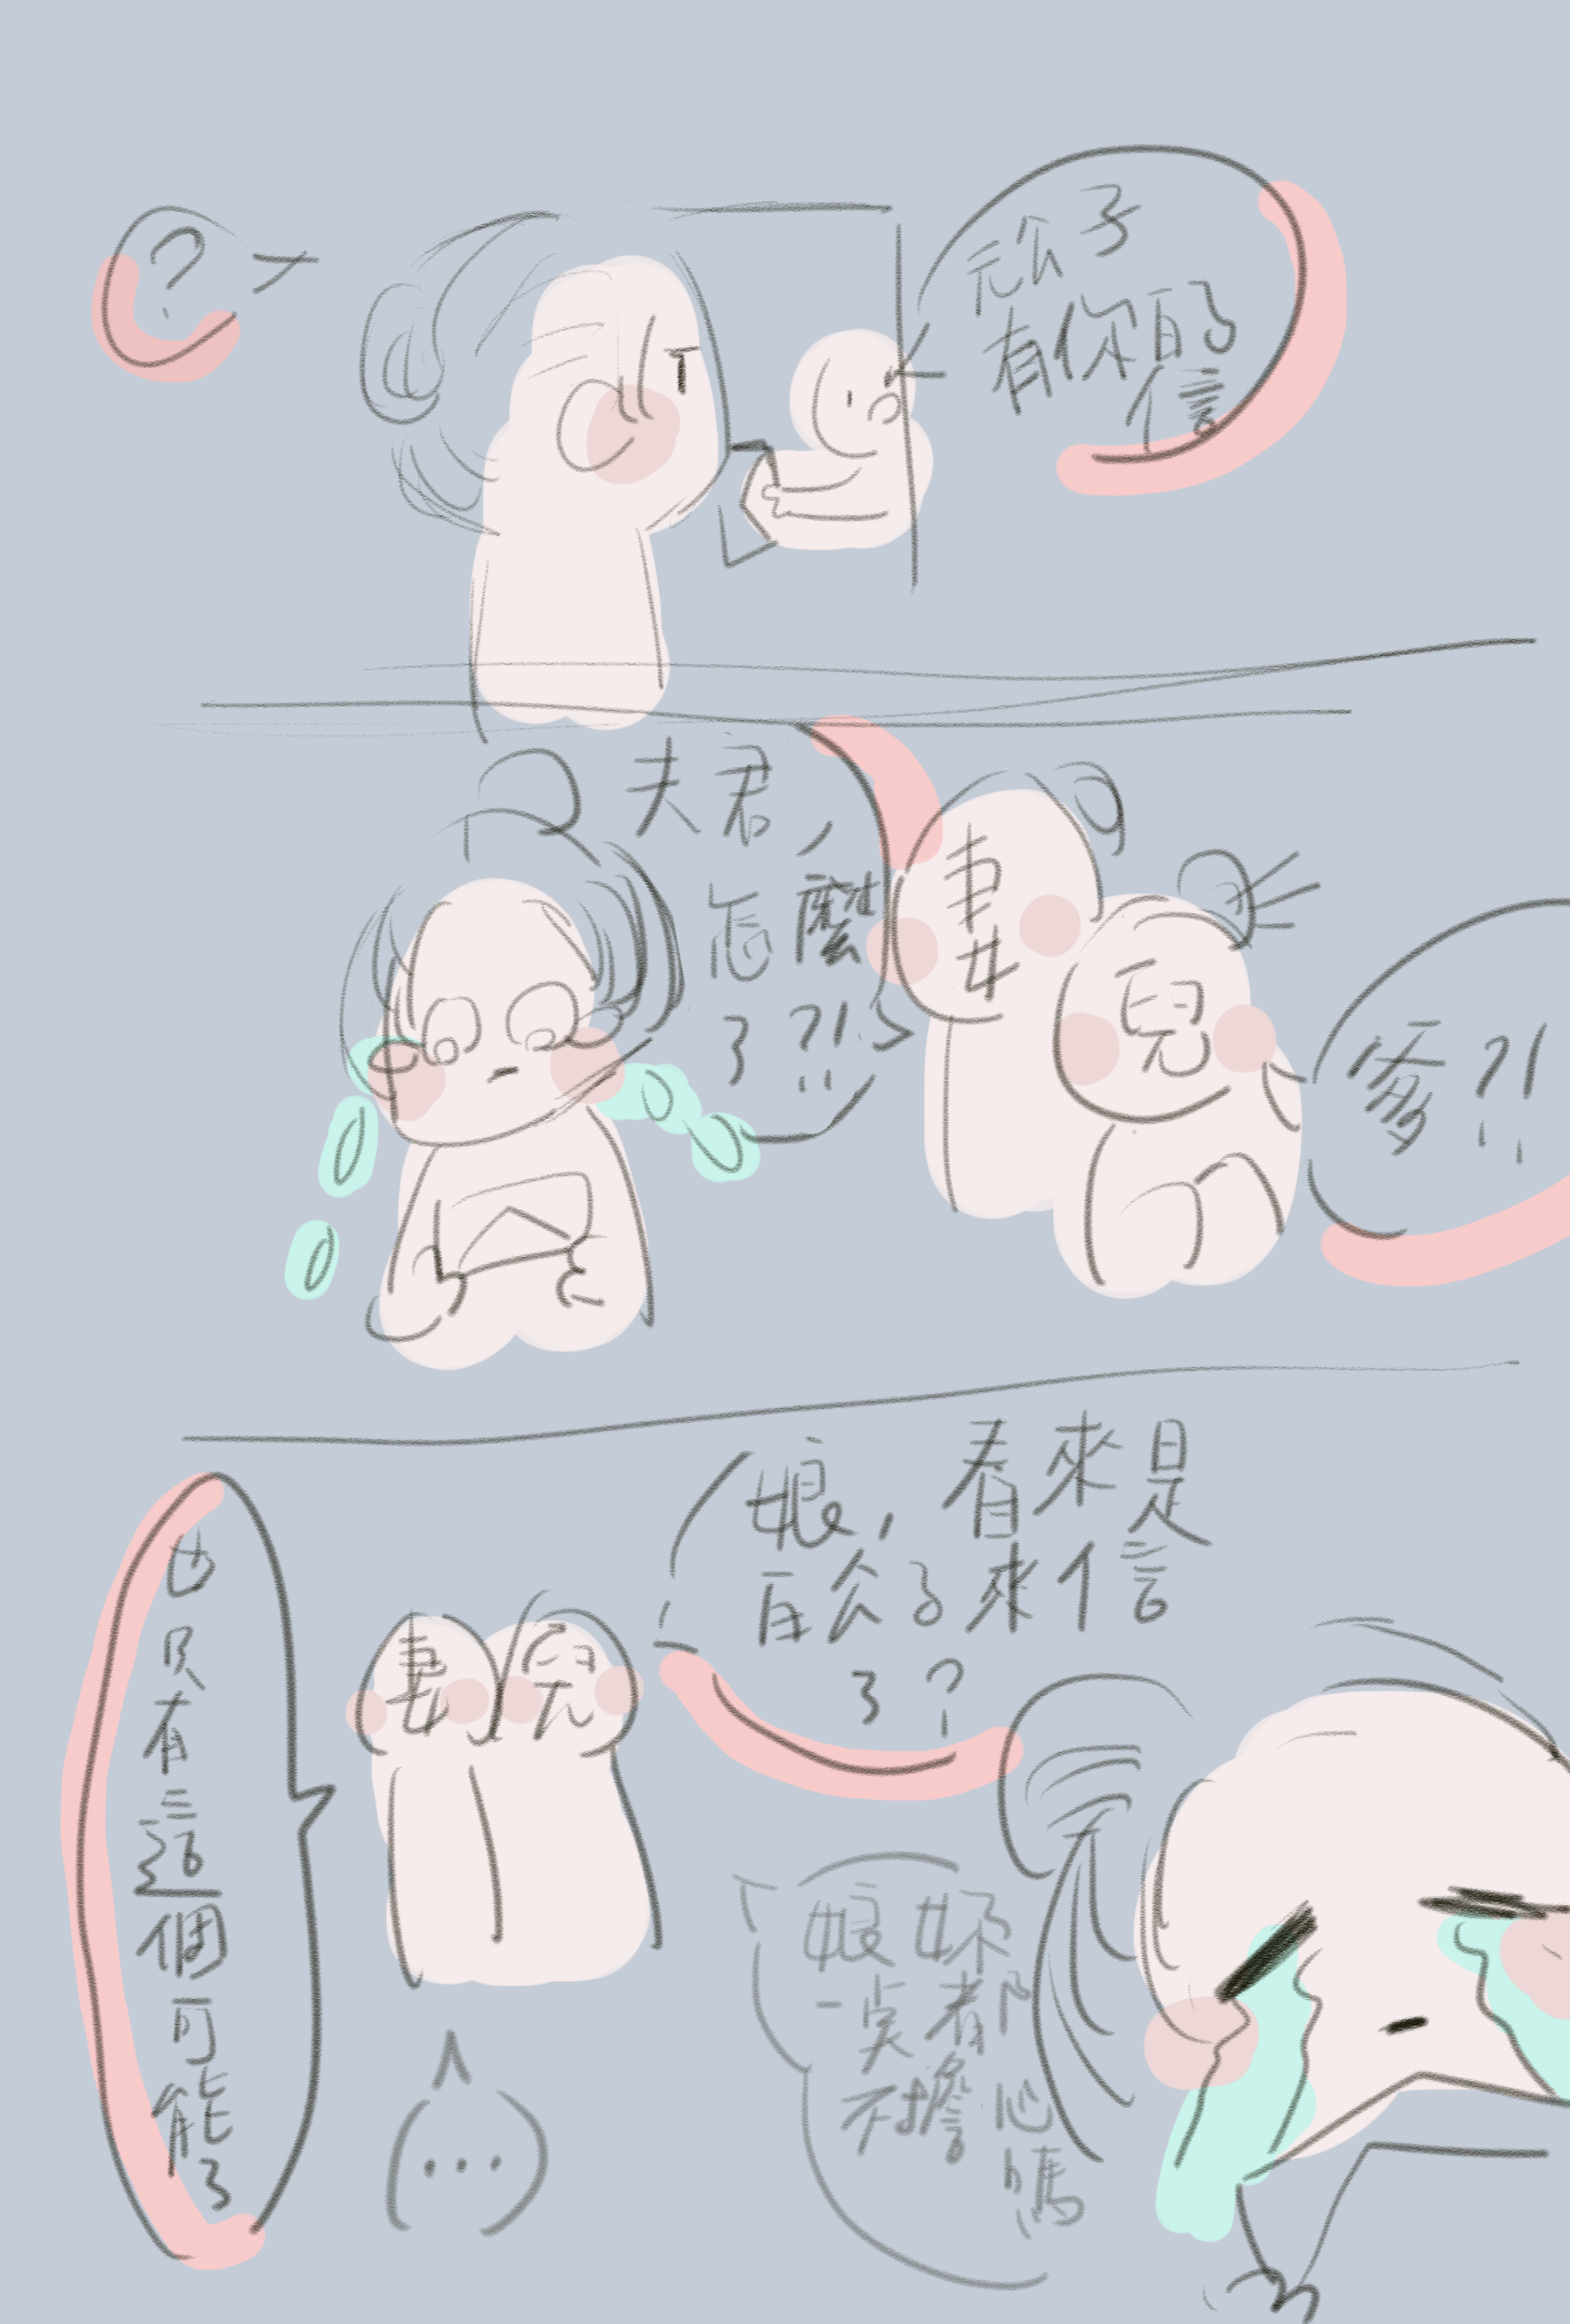
远信入门先有泪，妻惊女哭问何如。